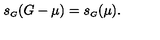
s _ { \scriptscriptstyle G } ( G - \mu ) = s _ { \scriptscriptstyle G } ( \mu ) .